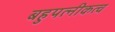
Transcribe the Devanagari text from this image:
बहुपत्नीकत्व